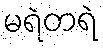
မရဲတရဲ